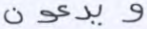
ويدعون